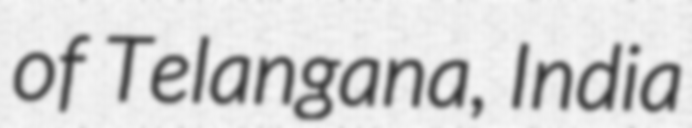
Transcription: of Telangana, India